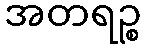
အတရဉ္စ